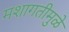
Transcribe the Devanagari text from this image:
मशागतीमुळे